Report of the Indian Hemp Drugs Commission, 1894-1895 - Volume VI
Year: 1894
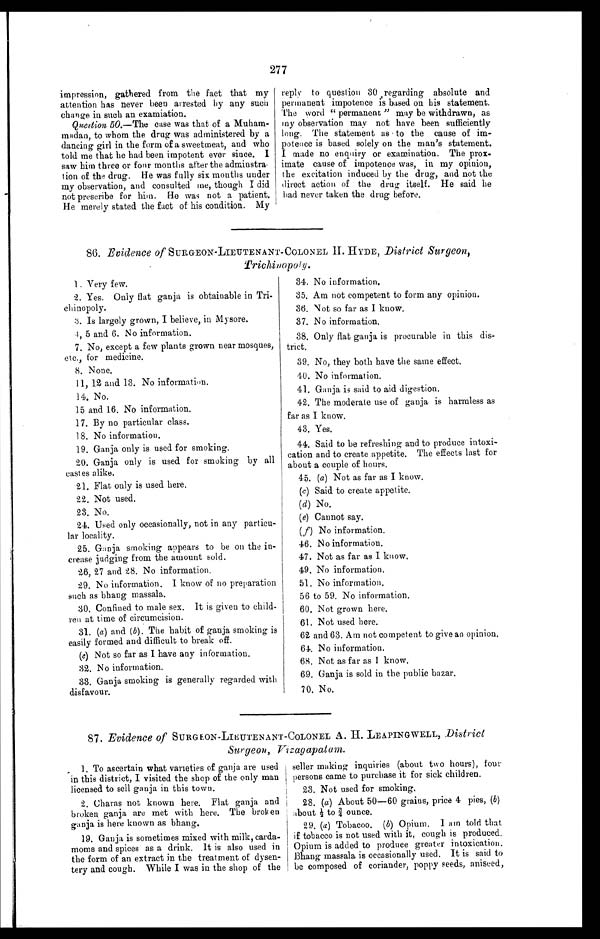
277
impression, gathered from the fact that my
attention has never been arrested by any such
change in such an examiation.
Question 50.—The case was that of a Muham-
madan, to whom the drug was administered by a
dancing girl in the form of a sweetmeat, and who
told me that lie had been impotent ever since. I
saw him three or four months after the adminstra-
tion of the drug. He was fully six months under
my observation, and consulted me, though I did
not prescribe for him. He was not a patient.
He merely stated the fact of his condition. My
reply to question 30 regarding absolute and
permanent impotence is based on his statement.
The word "permanent" may be withdrawn, as
my observation may not have been sufficiently
long. The statement as to the cause of im-
potence is based solely on the man's statement.
I made no enquiry or examination. The prox-
imate cause of impotence was, in my opinion,
the excitation induced by the drug, and not the
direct action of the drug itself. He said he
had never taken the drug before.
86. Evidence of SURGEON-LIEUTENANT-COLONEL II. HYDE, District Surgeon,
Trichinopoly.
1. Very few.
2. Yes. Only flat ganja is obtainable in Tri-
chinopoly.
3. Is largely grown, I believe, in Mysore.
4, 5 and 6. No information.
7. No, except a few plants grown near mosques,
etc., for medicine.
8. None.
11, 12 and 13. No information.
14. No.
15 and 16. No information.
17. By no particular class.
18. No information.
19. Ganja only is used for smoking.
20. Ganja only is used for smoking by all
castes alike.
21. Flat only is used here.
22. Not used.
23. No.
24. Used only occasionally, not in any particu-
lar locality.
25. Ganja smoking appears to be on the in-
crease judging from the amount sold.
26, 27 and 28. No information.
29. No information. I know of no preparation
such as bhang massala.
30. Confined to male sex. It is given to child-
ren at time of circumcision.
31. (a) and (b), The habit of ganja smoking is
easily formed and difficult to break off.
(c) Not so far as I have any information.
32. No information.
33. Ganja smoking is generally regarded with
disfavour.
34. No information.
35. Am not competent to form any opinion.
36. Not so far as I know.
37. No information.
38. Only flat ganja is procurable in this dis-
trict.
39. No, they both have the same effect.
40. No information.
41. Ganja is said to aid digestion.
42. The moderate use of ganja is harmless as
far as I know.
43. Yes.
44. Said to be refreshing and to produce intoxi-
cation and to create appetite. The effects last for
about a couple of hours.
45. (a) Not as far as I know.
(c) Said to create appetite.
(d) No.
(e) Cannot say.
(f) No information.
46. No information.
47. Not as far as I know.
49. No information.
51. No information.
56 to 59. No information.
60. Not grown here.
61. Not used here.
62 and 63. Am not competent to give an opinion.
64. No information.
68. Not as far as 1 know.
69. Ganja is sold in the public bazar.
70. No.
87. Evidence of SURGEON-LIEUTENANT-COLONEL A.H. LEAPING-WELL, District
Surgeon, Vizagapatam.
1. To ascertain what varieties of ganja are used
in this district, I visited the shop of the only man
licensed to sell ganja in this town.
2. Charas not known here. Flat ganja and
broken ganja are met with here. The broken
ganja is here known as bhang.
19. Ganja is sometimes mixed with milk, carda-
moms and spices as a drink. It is also used in
the form of an extract in the treatment of dysen-
tery and cough. While I was in the shop of the
seller making inquiries (about two hours), four
persons came to purchase it for sick children.
23. Not used for smoking.
28. (a) About 50-60 grains, price 4 pies, (6)
about ½ to ¾ ounce.
29. (a) Tobacoo. (b) Opium. I am told that
if tobacco is not used with it, cough is produced.
Opium is added to produce greater intoxication.
Bhang massala is occasionally used. It is said to
be composed of coriander, poppy seeds, aniseed,